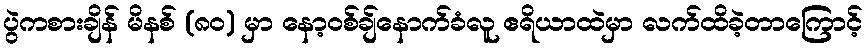
ပွဲကစားချိန် မိနစ် (၈၀) မှာ နော့ဝစ်ချ်နောက်ခံလူ ဧရိယာထဲမှာ လက်ထိခဲ့တာကြောင့်